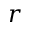
r